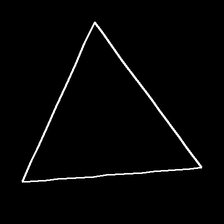
Glyph: convergence